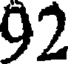
92